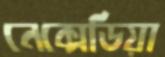
নেক্সেডিয়া